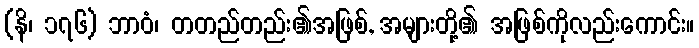
(နိ၊ ၁၇၆) ဘာဝံ၊ တတည်တည်း၏အဖြစ်, အများတို့၏ အဖြစ်ကိုလည်းကောင်း။